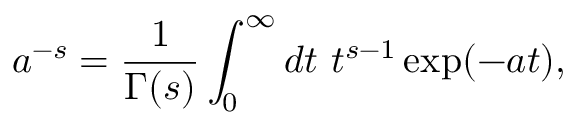
a ^ { - s } = \frac { 1 } { \Gamma ( s ) } \int _ { 0 } ^ { \infty } d t \ t ^ { s - 1 } \exp ( - a t ) ,